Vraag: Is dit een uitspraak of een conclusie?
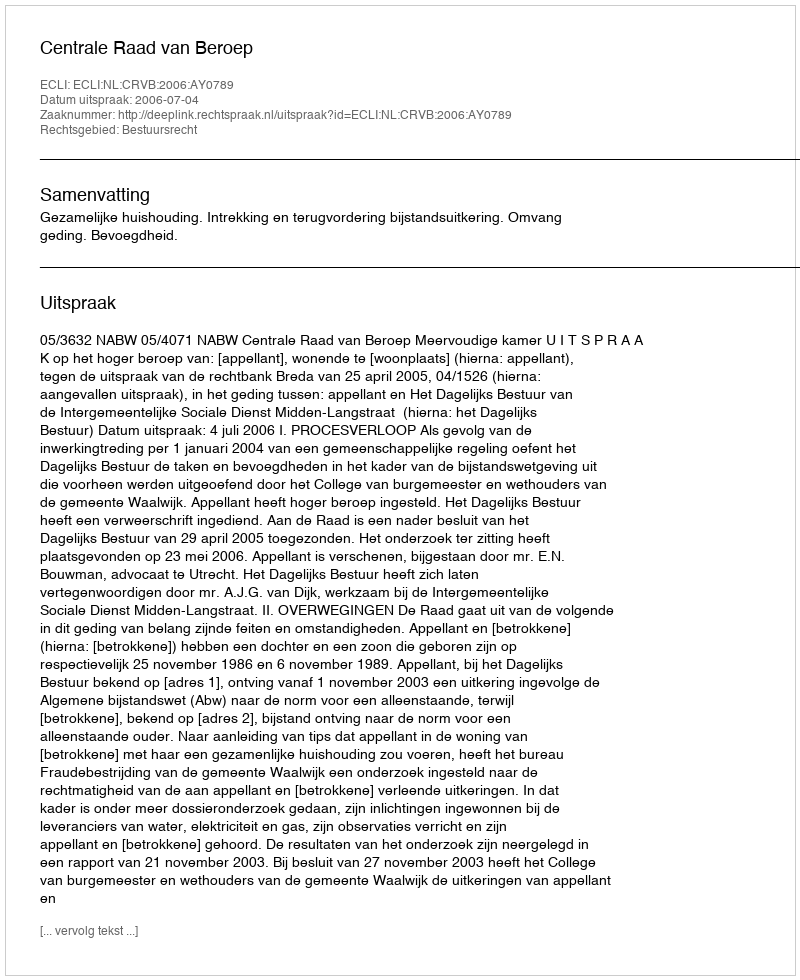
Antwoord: Uitspraak